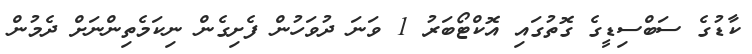
ކާޑުގެ ސަބްސިޑީގެ ގޮތުގައި އޮކްޓޯބަރު 1 ވަނަ ދުވަހުން ފެށިގެން ނިކަމެތިންނަށް ދެމުން